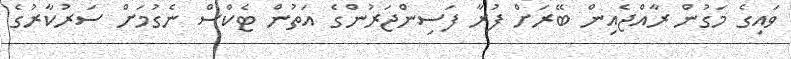
ވައިގެ މަގުން ރާއްޖެއިން ބޭރަށް ފުރާ ފަސިންޖަރުންގެ އަތުން ޓެކްސް ނެގުމަށް ސަރުކާރުގެ